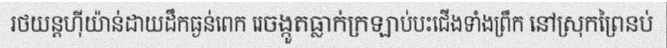
រថយន្តហ៊ីយ៉ាន់ដាយដឹកធ្ងន់ពេក រេចង្កូតធ្លាក់ក្រឡាប់បះជើងទាំងព្រឹក នៅស្រុកព្រៃនប់